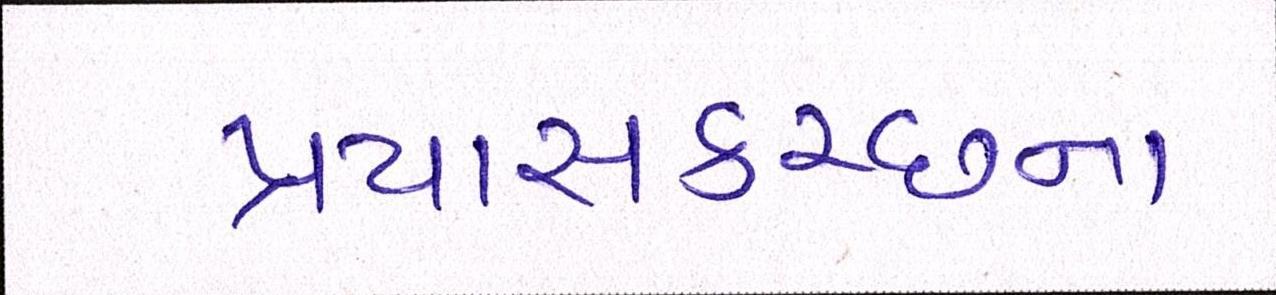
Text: પ્રયાસકચ્છના